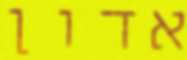
אדון